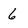
Character: 6